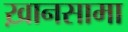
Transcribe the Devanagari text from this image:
ख़ानसामा